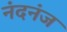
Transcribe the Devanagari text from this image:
नंदनंज